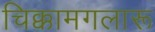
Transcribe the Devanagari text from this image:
चिक्कामगलारू